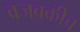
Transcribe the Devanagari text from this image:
वजबकीच